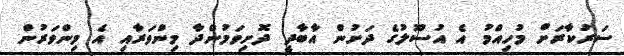
ސަރުކާރަށް މުހިއްމު އެ އުސޫލުގެ ދަށުން އާބާދީ ދޮށިވަމުންދާ މިންވަރާއި އެ މިންވަރުން